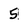
Character: 5